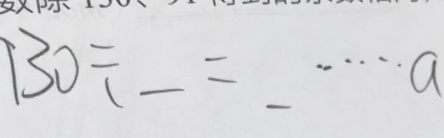
1 3 0 \div \_ = \_ \cdots a